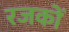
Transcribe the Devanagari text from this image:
रजकों